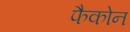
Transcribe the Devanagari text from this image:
फैकोन